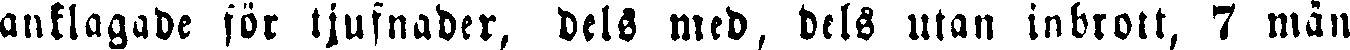
anklagade sör tjufnader, dels med, dels utan inbrott, 7 män